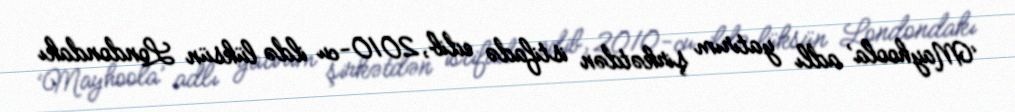
‘Mayhoola’ adlı yatırım şirkətdən istifadə edib, 2010-cu ildə lüksün Londondakı